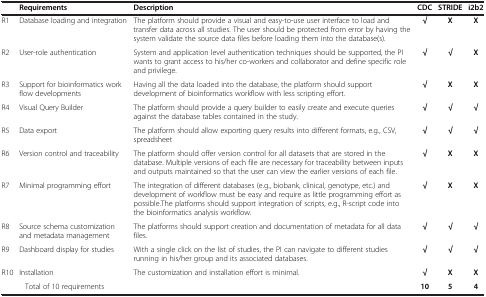
<table><thead><tr><td><b> </b></td><td><b>Requirements</b></td><td><b>Description</b></td><td><b>CDC</b></td><td><b>STRIDE</b></td><td><b>i2b2</b></td></tr></thead><tbody><tr><td>R1</td><td>Database loading and integration</td><td>The platform should provide a visual and easy-to-use user interface to load and transfer data across all studies. The user should be protected from error by having the system validate the source data files before loading them into the database(s).</td><td><b>√</b></td><td><b>X</b></td><td><b>X</b></td></tr><tr><td>R2</td><td>User-role authentication</td><td>System and application level authentication techniques should be supported, the PI wants to grant access to his/her co-workers and collaborator and define specific role and privilege.</td><td><b>√</b></td><td><b>√</b></td><td><b>X</b></td></tr><tr><td>R3</td><td>Support for bioinformatics work flow developments</td><td>Having all the data loaded into the database, the platform should support development of bioinformatics workflow with less scripting effort.</td><td><b>√</b></td><td><b>X</b></td><td><b>X</b></td></tr><tr><td>R4</td><td>Visual Query Builder</td><td>The platform should provide a query builder to easily create and execute queries against the database tables contained in the study.</td><td><b>√</b></td><td><b>√</b></td><td><b>√</b></td></tr><tr><td>R5</td><td>Data export</td><td>The platform should allow exporting query results into different formats, e.g., CSV, spreadsheet</td><td><b>√</b></td><td><b>√</b></td><td><b>√</b></td></tr><tr><td>R6</td><td>Version control and traceability</td><td>The platform should offer version control for all datasets that are stored in the database. Multiple versions of each file are necessary for traceability between inputs and outputs maintained so that the user can view the earlier versions of each file.</td><td><b>√</b></td><td><b>X</b></td><td><b>X</b></td></tr><tr><td>R7</td><td>Minimal programming effort</td><td>The integration of different databases (e.g., biobank, clinical, genotype, etc.) and development of workflow must be easy and require as little programming effort as possible.The platforms should support integration of scripts, e.g., R-script code into the bioinformatics analysis workflow.</td><td><b>√</b></td><td><b>X</b></td><td><b>X</b></td></tr><tr><td>R8</td><td>Source schema customization and metadata management</td><td>The platforms should support creation and documentation of metadata for all data files.</td><td><b>√</b></td><td><b>√</b></td><td><b>√</b></td></tr><tr><td>R9</td><td>Dashboard display for studies</td><td>With a single click on the list of studies, the PI can navigate to different studies running in his/her group and its associated databases.</td><td><b>√</b></td><td><b>√</b></td><td><b>√</b></td></tr><tr><td>R10</td><td>Installation</td><td>The customization and installation effort is minimal.</td><td><b>√</b></td><td><b>X</b></td><td><b>X</b></td></tr><tr><td>Total of 10 requirements</td><td> </td><td> </td><td><b>10</b></td><td><b>5</b></td><td><b>4</b></td></tr></tbody></table>